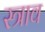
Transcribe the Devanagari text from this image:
स्‍त्राव